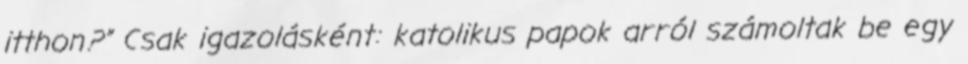
itthon?” Csak igazolásként: katolikus papok arról számoltak be egy